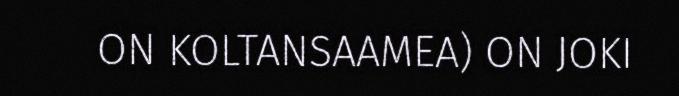
ON KOLTANSAAMEA) ON JOKI